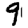
Digit: 9